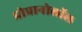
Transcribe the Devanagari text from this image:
प्रोप्रानोलॉल